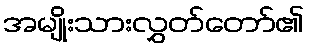
အမျိုးသားလွှတ်တော်၏